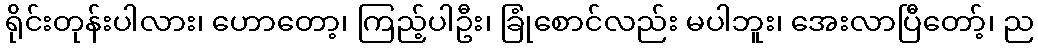
ရိုင်းတုန်းပါလား၊ ဟောတော့၊ ကြည့်ပါဦး၊ ခြုံစောင်လည်း မပါဘူး၊ အေးလာပြီတော့်၊ ည